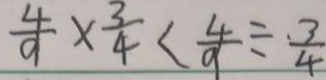
\frac { 4 } { 9 } \times \frac { 3 } { 4 } < \frac { 4 } { 9 } \div \frac { 3 } { 4 }